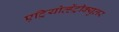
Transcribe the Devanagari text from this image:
एट्रियोव्हेंट्रीक्युलर